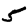
Digit: 5